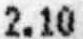
2.10